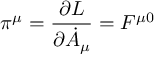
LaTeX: \pi ^ { \mu } = \frac { \partial { \cal L } } { \partial { \dot { A } } _ { \mu } } = F ^ { \mu 0 }